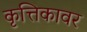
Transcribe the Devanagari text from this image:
कृत्तिकावर